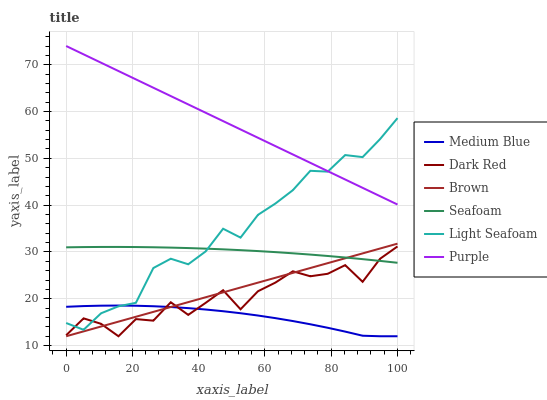
| xaxis_label | Medium Blue | Dark Red | Brown | Seafoam | Light Seafoam | Purple |
 | --- | --- | --- | --- | --- | --- | --- |
 | 0 | 18.3 | 12.2 | 12 | 31 | 14.8 | 74 |
 | 5.26 | 18.4 | 15.8 | 13 | 31 | 13.4 | 72.2 |
 | 10.5 | 18.5 | 14.7 | 14.1 | 31.1 | 16.9 | 70.4 |
 | 15.8 | 18.6 | 12 | 15.1 | 31.1 | 18.4 | 68.7 |
 | 21.1 | 18.5 | 15.7 | 16.2 | 31.1 | 19.1 | 66.9 |
 | 26.3 | 18.4 | 15.3 | 17.2 | 31 | 26.6 | 65.1 |
 | 31.6 | 18.2 | 19.3 | 18.2 | 30.9 | 28.6 | 63.3 |
 | 36.8 | 18 | 16.6 | 19.3 | 30.8 | 27.4 | 61.5 |
 | 42.1 | 17.7 | 19.1 | 20.3 | 30.7 | 30.1 | 59.7 |
 | 47.4 | 17.3 | 21.8 | 21.4 | 30.6 | 35 | 58 |
 | 52.6 | 16.9 | 17.8 | 22.4 | 30.4 | 33.1 | 56.2 |
 | 57.9 | 16.4 | 21.6 | 23.5 | 30.2 | 37.9 | 54.4 |
 | 63.2 | 15.9 | 23.5 | 24.5 | 30 | 40.4 | 52.6 |
 | 68.4 | 15.2 | 25.9 | 25.5 | 29.7 | 43.2 | 50.8 |
 | 73.7 | 14.6 | 24.8 | 26.6 | 29.4 | 47.3 | 49 |
 | 78.9 | 13.8 | 25.3 | 27.6 | 29.1 | 47.2 | 47.3 |
 | 84.2 | 13 | 27.2 | 28.7 | 28.8 | 50.7 | 45.5 |
 | 89.5 | 12.1 | 23.6 | 29.7 | 28.5 | 50.3 | 43.7 |
 | 94.7 | 12 | 28.6 | 30.7 | 28.1 | 54.1 | 41.9 |
 | 100 | 12 | 31.2 | 31.8 | 27.7 | 58.6 | 40.1 |